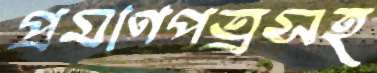
প্রমাণপত্রসহ